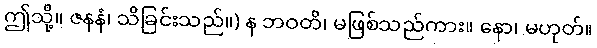
ဤသို့။ ဇနနံ၊ သိခြင်းသည်။) န ဘဝတိ၊ မဖြစ်သည်ကား။ နော၊ မဟုတ်။